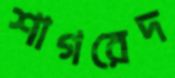
শাগরেদ